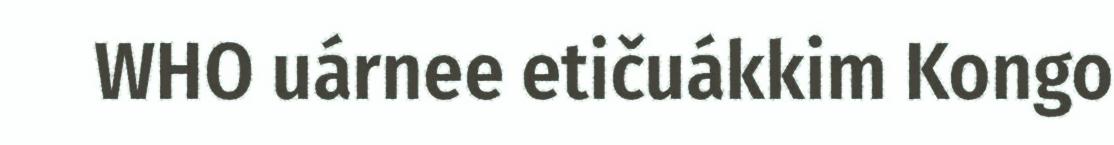
WHO uárnee etičuákkim Kongo